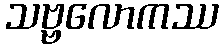
သဗ္ဗလောကဿ